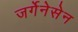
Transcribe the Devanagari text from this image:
जर्गेनेसेन